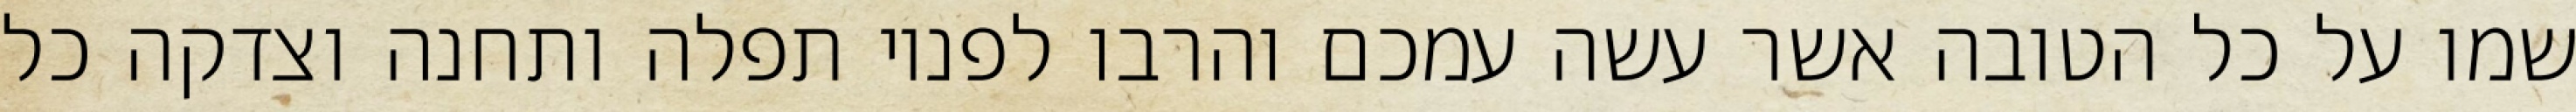
שמו על כל הטובה אשר עשה עמכם והרבו לפניו תפלה ותחנה וצדקה כל